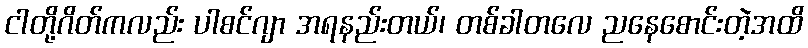
ငါတို့ဂိတ်ကလည်း ပါစင်ဂျာ အရနည်းတယ်၊ တစ်ခါတလေ ညနေစောင်းတဲ့အထိ